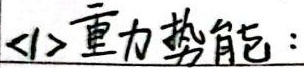
(1) 重力势能：